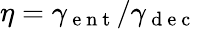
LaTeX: \eta=\gamma_{\mathrm{~e~n~t~}}/\gamma_{\mathrm{~d~e~c~}}